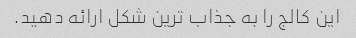
این کالج را به جذاب ترین شکل ارائه دهید.